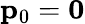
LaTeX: \mathbf{p}_{0}=\mathbf{0}